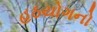
હઠયોગનો